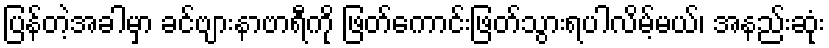
ပြန်တဲ့အခါမှာ ခင်ဗျားနာဗာရီကို ဖြတ်ကောင်းဖြတ်သွားရပါလိမ့်မယ်၊ အနည်းဆုံး